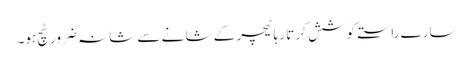
سارے راستے کو شش کر تا رہا ٹیچر کے شا نے سے شانہ ضرور ٹچ ہو۔